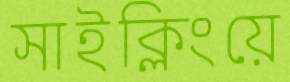
সাইক্লিংয়ে